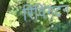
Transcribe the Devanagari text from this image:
रिविंगटन